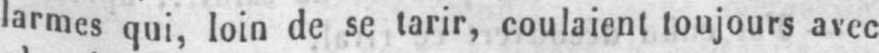
larmes qui, loin de se tarir, coulaient toujours avec